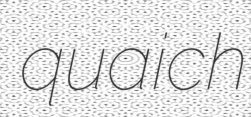
quaich